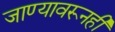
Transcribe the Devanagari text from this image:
जाण्यावरूनही